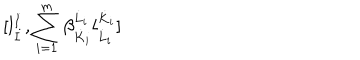
LaTeX: \lbrack l _ { \dot { I } } ^ { \dot { I } } , \sum _ { i = 1 } ^ { m } \beta _ { \dot { K } _ { i } } ^ { \dot { L } _ { i } } l _ { \dot { L } _ { i } } ^ { \dot { K } _ { i } } \rbrack